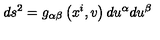
d s ^ { 2 } = g _ { \alpha \beta } \left( x ^ { i } , v \right) d u ^ { \alpha } d u ^ { \beta }